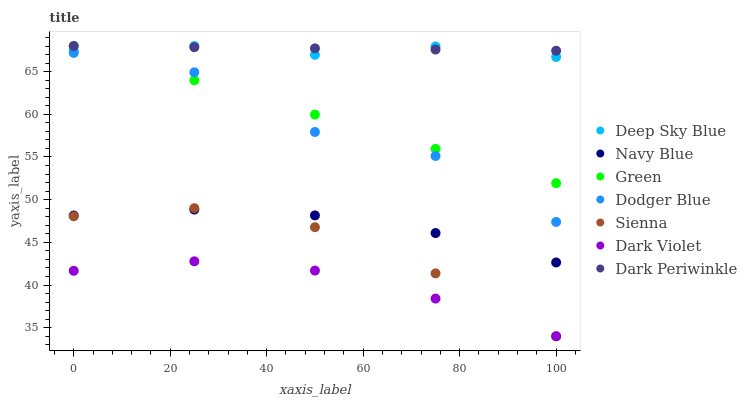
| xaxis_label | Deep Sky Blue | Navy Blue | Green | Dodger Blue | Sienna | Dark Violet | Dark Periwinkle |
 | --- | --- | --- | --- | --- | --- | --- | --- |
 | 0 | 67.4 | 48.1 | 68 | 67.2 | 48.1 | 41.7 | 68 |
 | 25 | 68 | 48.8 | 64 | 64.9 | 49 | 42.8 | 67.9 |
 | 50 | 67 | 48.2 | 60 | 57.9 | 46.8 | 41.7 | 67.7 |
 | 75 | 67.9 | 46.1 | 55.9 | 55.1 | 41.4 | 38.4 | 67.6 |
 | 100 | 66.7 | 42.6 | 51.9 | 47.4 | 34 | 34 | 67.4 |